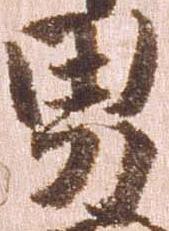
男